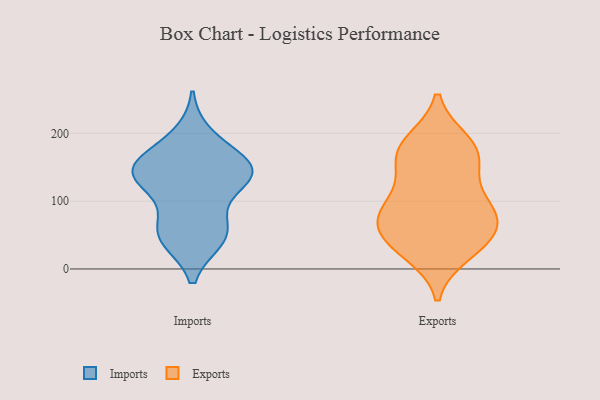
{"axis": {"x": "Bounce Rate (%)", "y": "Value"}, "legend": ["Exports", "Imports"], "data": [{"x": "", "y": 140, "type": "Imports"}, {"x": "", "y": 144, "type": "Imports"}, {"x": "", "y": 196, "type": "Imports"}, {"x": "", "y": 162, "type": "Imports"}, {"x": "", "y": 137, "type": "Imports"}, {"x": "", "y": 45, "type": "Imports"}, {"x": "", "y": 52, "type": "Imports"}, {"x": "", "y": 157, "type": "Imports"}, {"x": "", "y": 68, "type": "Imports"}, {"x": "", "y": 48, "type": "Imports"}, {"x": "", "y": 132, "type": "Imports"}, {"x": "", "y": 133, "type": "Imports"}, {"x": "", "y": 87, "type": "Exports"}, {"x": "", "y": 164, "type": "Exports"}, {"x": "", "y": 24, "type": "Exports"}, {"x": "", "y": 172, "type": "Exports"}, {"x": "", "y": 73, "type": "Exports"}, {"x": "", "y": 118, "type": "Exports"}, {"x": "", "y": 183, "type": "Exports"}, {"x": "", "y": 187, "type": "Exports"}, {"x": "", "y": 87, "type": "Exports"}, {"x": "", "y": 34, "type": "Exports"}, {"x": "", "y": 83, "type": "Exports"}, {"x": "", "y": 71, "type": "Exports"}, {"x": "", "y": 42, "type": "Exports"}, {"x": "", "y": 153, "type": "Exports"}, {"x": "", "y": 44, "type": "Exports"}]}